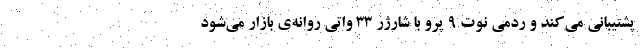
پشتیبانی می‌کند و ردمی نوت ۹ پرو با شارژر ۳۳ واتی روانه‌ی بازار می‌شود